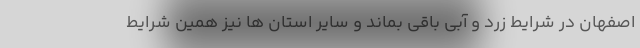
اصفهان در شرایط زرد و آبی باقی بماند و سایر استان ها نیز همین شرایط